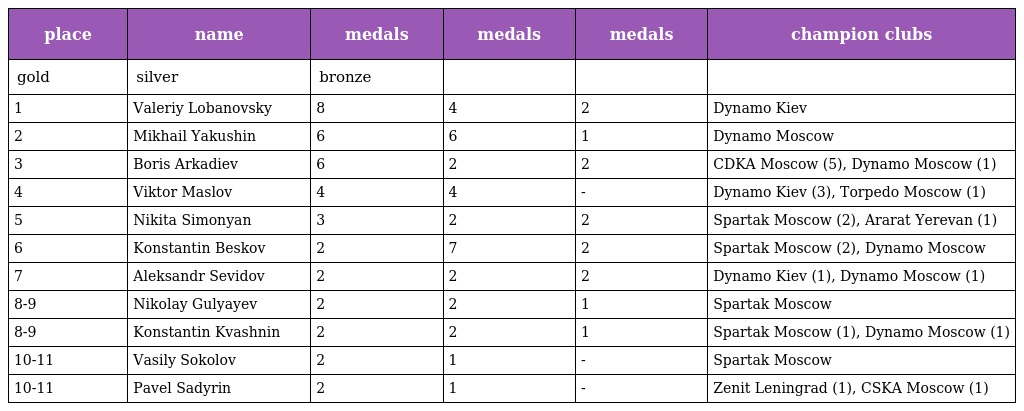
| place | name | medals | medals | medals | champion clubs |
 | --- | --- | --- | --- | --- | --- |
 | gold | silver | bronze |  |  |  |
 | 1 | Valeriy Lobanovsky | 8 | 4 | 2 | Dynamo Kiev |
 | 2 | Mikhail Yakushin | 6 | 6 | 1 | Dynamo Moscow |
 | 3 | Boris Arkadiev | 6 | 2 | 2 | CDKA Moscow (5), Dynamo Moscow (1) |
 | 4 | Viktor Maslov | 4 | 4 | - | Dynamo Kiev (3), Torpedo Moscow (1) |
 | 5 | Nikita Simonyan | 3 | 2 | 2 | Spartak Moscow (2), Ararat Yerevan (1) |
 | 6 | Konstantin Beskov | 2 | 7 | 2 | Spartak Moscow (2), Dynamo Moscow |
 | 7 | Aleksandr Sevidov | 2 | 2 | 2 | Dynamo Kiev (1), Dynamo Moscow (1) |
 | 8-9 | Nikolay Gulyayev | 2 | 2 | 1 | Spartak Moscow |
 | 8-9 | Konstantin Kvashnin | 2 | 2 | 1 | Spartak Moscow (1), Dynamo Moscow (1) |
 | 10-11 | Vasily Sokolov | 2 | 1 | - | Spartak Moscow |
 | 10-11 | Pavel Sadyrin | 2 | 1 | - | Zenit Leningrad (1), CSKA Moscow (1) |